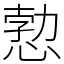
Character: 愂